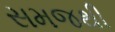
સમજથી